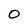
Character: O